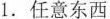
1.任意东西